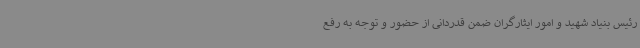
رئیس بنیاد شهید و امور ایثارگران ضمن قدردانی از حضور و توجه به رفع